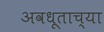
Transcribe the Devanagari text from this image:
अवधूताच्या